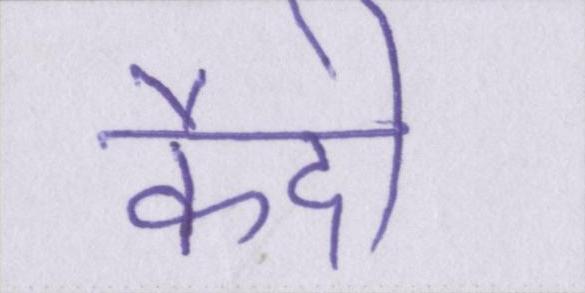
कैदी